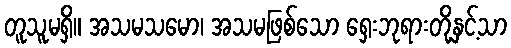
တူသူမရှိ။ အသမသမော၊ အသမဖြစ်သော ရှေးဘုရားတို့နှင့်သာ